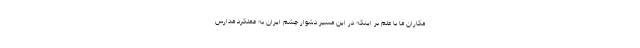
مکاران ما با علم بر اینکه در این مسیر دشوار چشم ایران به عملکرد مدارس